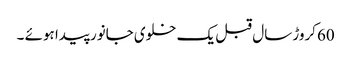
60کروڑ سال قبل یک خلوی جانور پیدا ہوئے ۔